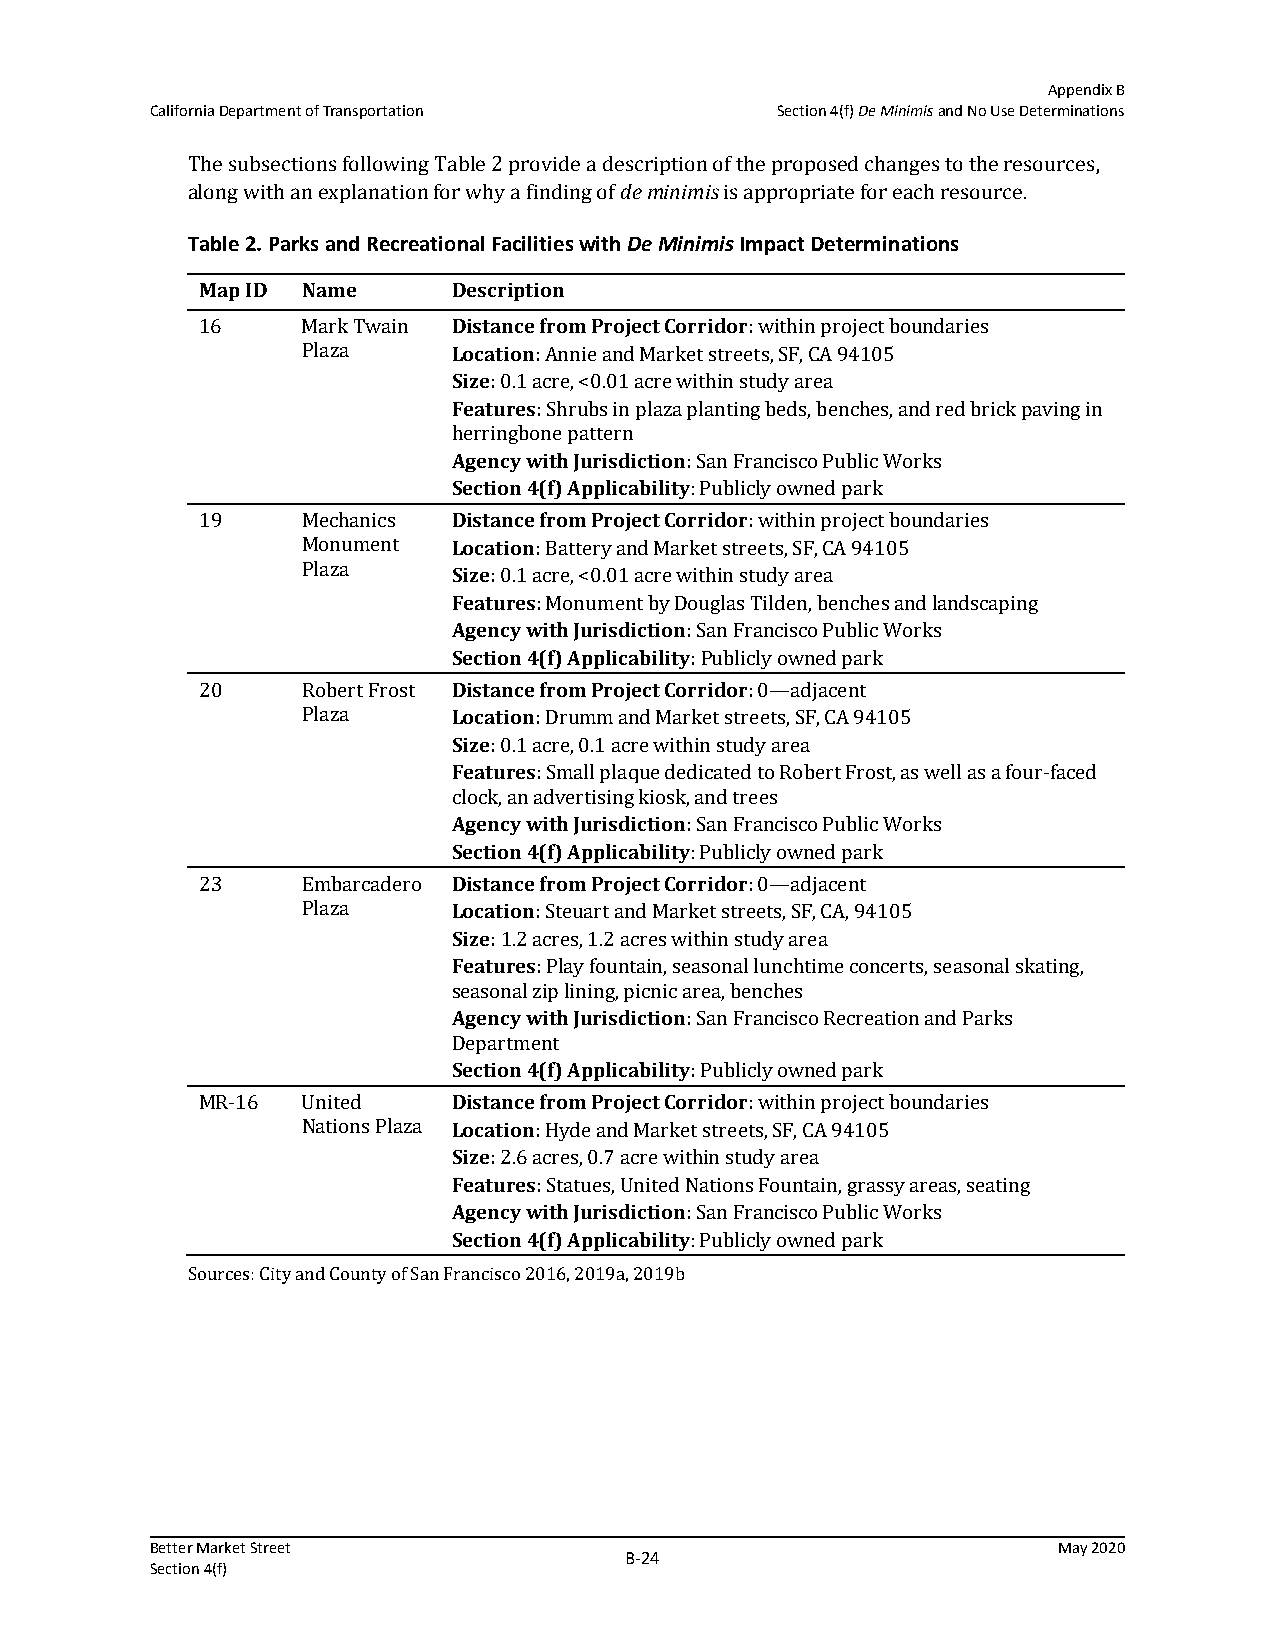
Appendix B
 California Department of Transportation  Section 4(f) De Minimis and No Use Determinations
 The subsections following Table 2 provide a description of the proposed changes to the resources,
 along with an explanation for why a finding of de minimis is appropriate for each resource.
 Table 2. Parks and Recreational Facilities with De Minimis Impact Determinations
 Map ID Name      Description
 16     Mark Twain Distance from Project Corridor: within project boundaries
 Plaza     Location: Annie and Market streets, SF, CA 94105
 Size: 0.1 acre, <0.01 acre within study area
 Features: Shrubs in plaza planting beds, benches, and red brick paving in
 herringbone pattern
 Agency with Jurisdiction: San Francisco Public Works
 Section 4(f) Applicability: Publicly owned park
 19     Mechanics Distance from Project Corridor: within project boundaries
 Monument  Location: Battery and Market streets, SF, CA 94105
 Plaza
 Size: 0.1 acre, <0.01 acre within study area
 Features: Monument by Douglas Tilden, benches and landscaping
 Agency with Jurisdiction: San Francisco Public Works
 Section 4(f) Applicability: Publicly owned park
 20     Robert Frost Distance from Project Corridor: 0—adjacent
 Plaza     Location: Drumm and Market streets, SF, CA 94105
 Size: 0.1 acre, 0.1 acre within study area
 Features: Small plaque dedicated to Robert Frost, as well as a four-faced
 clock, an advertising kiosk, and trees
 Agency with Jurisdiction: San Francisco Public Works
 Section 4(f) Applicability: Publicly owned park
 23     Embarcadero Distance from Project Corridor: 0—adjacent
 Plaza     Location: Steuart and Market streets, SF, CA, 94105
 Size: 1.2 acres, 1.2 acres within study area
 Features: Play fountain, seasonal lunchtime concerts, seasonal skating,
 seasonal zip lining, picnic area, benches
 Agency with Jurisdiction: San Francisco Recreation and Parks
 Department
 Section 4(f) Applicability: Publicly owned park
 MR-16  United    Distance from Project Corridor: within project boundaries
 Nations Plaza Location: Hyde and Market streets, SF, CA 94105
 Size: 2.6 acres, 0.7 acre within study area
 Features: Statues, United Nations Fountain, grassy areas, seating
 Agency with Jurisdiction: San Francisco Public Works
 Section 4(f) Applicability: Publicly owned park
 Sources: City and County of San Francisco 2016, 2019a, 2019b
 Better Market Street                                        May 2020
 B‐24
 Section 4(f)